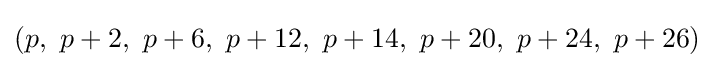
(p,\ p+2,\ p+6,\ p+12,\ p+14,\ p+20,\ p+24,\ p+26)